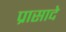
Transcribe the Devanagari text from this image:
प्रासादे